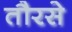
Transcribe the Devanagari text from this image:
तौरसे